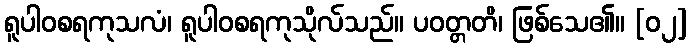
ရူပါဝစရကုသလံ၊ ရူပါဝစရကုသိုလ်သည်။ ပဝတ္တတိ၊ ဖြစ်သေ၏။ [၀၂]